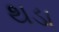
થડા